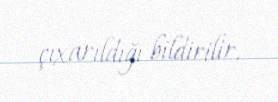
çıxarıldığı bildirilir.